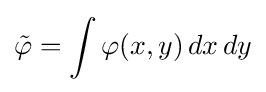
{\tilde {\varphi }}=\int \varphi (x,y)\,dx\,dy